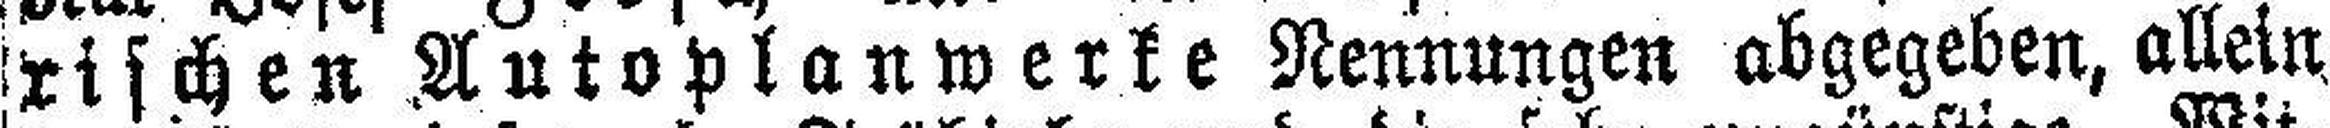
rischen Autoplanwerke Nennungen abgegeben, allein